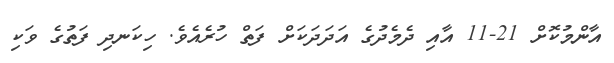
އާންމުކޮށް 21-11 އާއި ދެމެދުގެ އަދަދަކަށް ފަތް ހުރެއެވެ. ހިކަނދި ފަތުގެ ވަކި